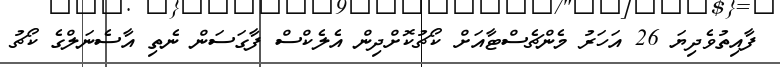
ފާއިތުވެދިޔަ 26 އަހަރު މެންޗެސްޓާއަށް ކޯޗުކޮށްދިން އެލެކްސް ފާގަސަން ނެތި އާސެނަލްގެ ކޯޗު